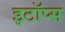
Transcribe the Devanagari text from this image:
इटॉप्स